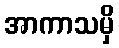
အာကာသမှိ